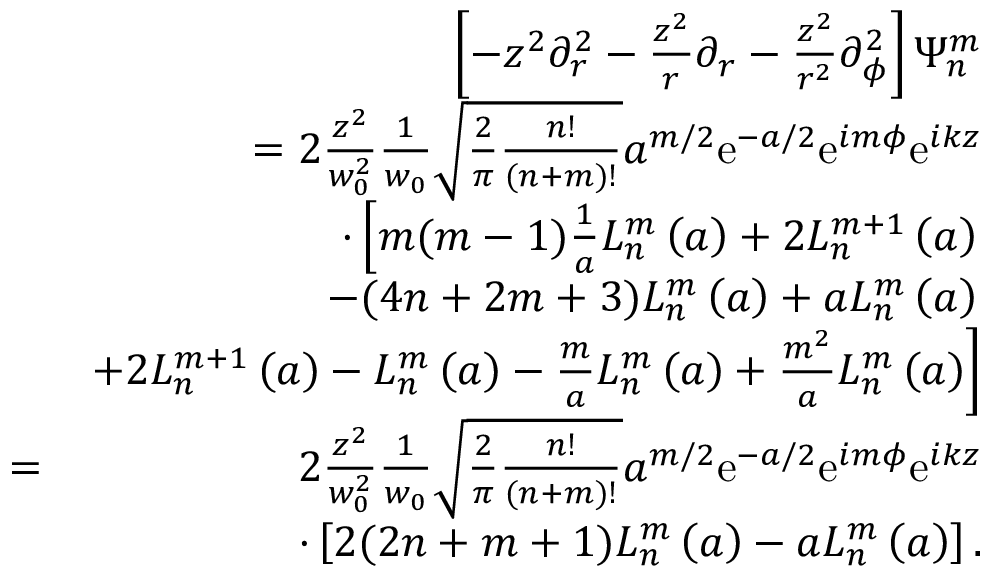
\begin{array} { r l r } & { } & { \left[ - z ^ { 2 } \partial _ { r } ^ { 2 } - \frac { z ^ { 2 } } { r } \partial _ { r } - \frac { z ^ { 2 } } { r ^ { 2 } } \partial _ { \phi } ^ { 2 } \right] \Psi _ { n } ^ { m } } \\ & { } & { = 2 \frac { z ^ { 2 } } { w _ { 0 } ^ { 2 } } \frac { 1 } { w _ { 0 } } \sqrt { \frac { 2 } { \pi } \frac { n ! } { ( n + m ) ! } } a ^ { m / 2 } \mathrm { e } ^ { - a / 2 } \mathrm { e } ^ { i m \phi } \mathrm { e } ^ { i k z } } \\ & { } & { \cdot \left[ m ( m - 1 ) \frac { 1 } { a } L _ { n } ^ { m } \left( a \right) + 2 L _ { n } ^ { m + 1 } \left( a \right) \right. } \\ & { } & { \left. - ( 4 n + 2 m + 3 ) L _ { n } ^ { m } \left( a \right) + a L _ { n } ^ { m } \left( a \right) \right. } \\ & { } & { \left. + 2 L _ { n } ^ { m + 1 } \left( a \right) - L _ { n } ^ { m } \left( a \right) - \frac { m } { a } L _ { n } ^ { m } \left( a \right) + \frac { m ^ { 2 } } { a } L _ { n } ^ { m } \left( a \right) \right] } \\ & { = } & { 2 \frac { z ^ { 2 } } { w _ { 0 } ^ { 2 } } \frac { 1 } { w _ { 0 } } \sqrt { \frac { 2 } { \pi } \frac { n ! } { ( n + m ) ! } } a ^ { m / 2 } \mathrm { e } ^ { - a / 2 } \mathrm { e } ^ { i m \phi } \mathrm { e } ^ { i k z } } \\ & { } & { \cdot \left[ 2 ( 2 n + m + 1 ) L _ { n } ^ { m } \left( a \right) - a L _ { n } ^ { m } \left( a \right) \right] . } \end{array}